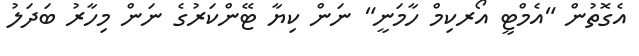
އެގޮތުން "އެމްޓީ އޯރކިމް ހާމަނީ" ނަން ކިޔާ ޓޭންކަރުގެ ނަން މިހާރު ބަދަލު